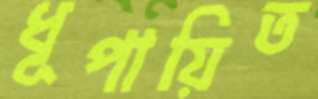
ধূপায়িত